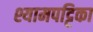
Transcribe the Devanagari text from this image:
श्यामपट्टिका